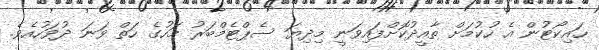
ހައިކޯޓުން އެ ހުކުމަށް ތާއީދުކޮށްފައިވަނީ މިދިޔަ ސެޕްޓެމްބަރު މަހުގެ ހަތް ވަނަ ދުވަހުއެވެ.